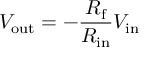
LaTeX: V _ { \mathrm { o u t } } = - { \frac { R _ { \mathrm { f } } } { R _ { \mathrm { i n } } } } V _ { \mathrm { i n } } \!